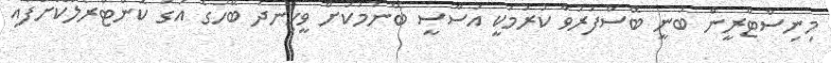
މިނިސްޓްރީން ބުނީ ބޭސްފަރުވާ ކުރުމަކީ އަސާސީ ބޭނުމަކަށް ވީހިނދު ބޭހުގެ އަގު ކޮންޓްރޯލްކޮށްފައި